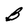
Character: B